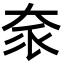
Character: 𡘎